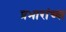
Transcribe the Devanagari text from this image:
प्रभारांच्या